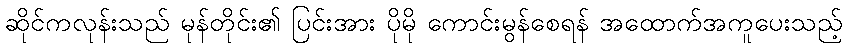
ဆိုင်ကလုန်းသည် မုန်တိုင်း၏ ပြင်းအား ပိုမို ကောင်းမွန်စေရန် အထောက်အကူပေးသည့်